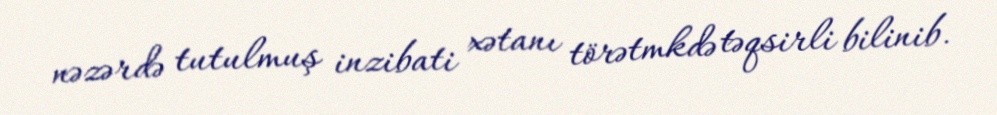
nəzərdə tutulmuş inzibati xətanı törətmkdə təqsirli bilinib.